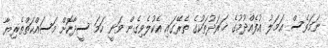
ނަމަވެސް ޢަމަލު އުފެއްދުމުގެ ޚަރަދުތަކުގެ ތެރޭގައި އެކުލެވިގެން ވަނީ ހަމަ ސީދާކޮށް މަސައްކަތްތެރިޔާ